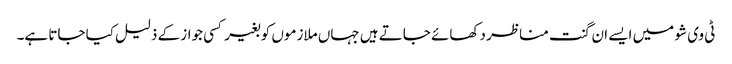
ٹی وی شو میں ایسے ان گنت مناظر دکھائے جاتے ہیں جہاں ملازموں کو بغیر کسی جواز کے ذلیل کیا جاتا ہے۔